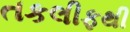
તકલીફથી